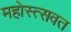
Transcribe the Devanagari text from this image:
महोस्त्सवत